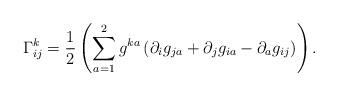
LaTeX: \begin{align*}\Gamma^{k}_{ij}=\frac{1}{2}\left(\sum_{a=1}^{2}g^{ka}\left(\partial_{i}g_{ja}+\partial_{j}g_{ia}-\partial_{a}g_{ij}\right)\right).\end{align*}